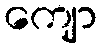
ကျော